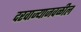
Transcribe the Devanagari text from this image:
दरवाज्याजवळील